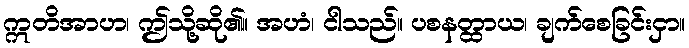
ဣတိအာဟ၊ ဤသို့ဆို၏။ အဟံ၊ ငါသည်။ ပစနတ္ထာယ၊ ချက်စေခြင်းငှာ။